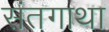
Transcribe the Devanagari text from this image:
संतगाथा